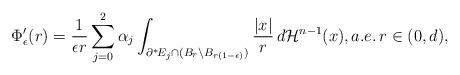
LaTeX: \begin{align*}\Phi^\prime_\epsilon(r) = \frac{1}{\epsilon r}\sum^2_{j=0} \alpha_j\int_{\partial^*\!E_j\cap(B_r \setminus B_{r(1-\epsilon)})} \frac{|x|}{r}\, d\mathcal{H}^{n-1}(x), a.e.\, r\in(0,d),\end{align*}